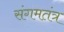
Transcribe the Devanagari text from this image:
संगमतंत्र